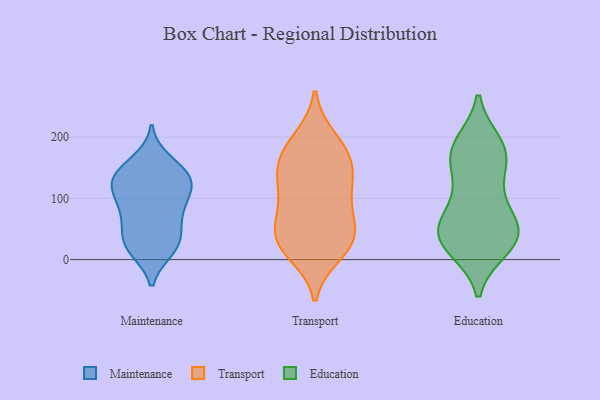
{"axis": {"x": "Demand Index", "y": "Value"}, "legend": ["Education", "Maintenance", "Transport"], "data": [{"x": "", "y": 150, "type": "Maintenance"}, {"x": "", "y": 133, "type": "Maintenance"}, {"x": "", "y": 139, "type": "Maintenance"}, {"x": "", "y": 39, "type": "Maintenance"}, {"x": "", "y": 113, "type": "Maintenance"}, {"x": "", "y": 161, "type": "Maintenance"}, {"x": "", "y": 32, "type": "Maintenance"}, {"x": "", "y": 87, "type": "Maintenance"}, {"x": "", "y": 20, "type": "Maintenance"}, {"x": "", "y": 126, "type": "Maintenance"}, {"x": "", "y": 135, "type": "Maintenance"}, {"x": "", "y": 104, "type": "Maintenance"}, {"x": "", "y": 17, "type": "Maintenance"}, {"x": "", "y": 56, "type": "Maintenance"}, {"x": "", "y": 72, "type": "Maintenance"}, {"x": "", "y": 83, "type": "Maintenance"}, {"x": "", "y": 122, "type": "Maintenance"}, {"x": "", "y": 16, "type": "Maintenance"}, {"x": "", "y": 111, "type": "Transport"}, {"x": "", "y": 189, "type": "Transport"}, {"x": "", "y": 151, "type": "Transport"}, {"x": "", "y": 16, "type": "Transport"}, {"x": "", "y": 35, "type": "Transport"}, {"x": "", "y": 70, "type": "Transport"}, {"x": "", "y": 10, "type": "Transport"}, {"x": "", "y": 142, "type": "Transport"}, {"x": "", "y": 38, "type": "Transport"}, {"x": "", "y": 134, "type": "Transport"}, {"x": "", "y": 32, "type": "Transport"}, {"x": "", "y": 157, "type": "Transport"}, {"x": "", "y": 198, "type": "Transport"}, {"x": "", "y": 81, "type": "Transport"}, {"x": "", "y": 176, "type": "Transport"}, {"x": "", "y": 96, "type": "Transport"}, {"x": "", "y": 38, "type": "Transport"}, {"x": "", "y": 147, "type": "Education"}, {"x": "", "y": 46, "type": "Education"}, {"x": "", "y": 43, "type": "Education"}, {"x": "", "y": 18, "type": "Education"}, {"x": "", "y": 190, "type": "Education"}, {"x": "", "y": 35, "type": "Education"}, {"x": "", "y": 188, "type": "Education"}, {"x": "", "y": 52, "type": "Education"}, {"x": "", "y": 55, "type": "Education"}, {"x": "", "y": 117, "type": "Education"}, {"x": "", "y": 94, "type": "Education"}, {"x": "", "y": 68, "type": "Education"}, {"x": "", "y": 167, "type": "Education"}, {"x": "", "y": 25, "type": "Education"}, {"x": "", "y": 167, "type": "Education"}, {"x": "", "y": 20, "type": "Education"}, {"x": "", "y": 182, "type": "Education"}]}